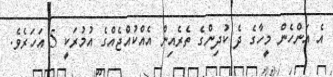
އެ އަންހެން މީހާގެ ދެ ކުދިންގެ ތެރެއިން އެއްކުއްޖެއްގެ އުމުރަކީ 5 އަހަރެވެ.